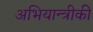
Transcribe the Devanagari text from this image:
अभियान्त्रीकी